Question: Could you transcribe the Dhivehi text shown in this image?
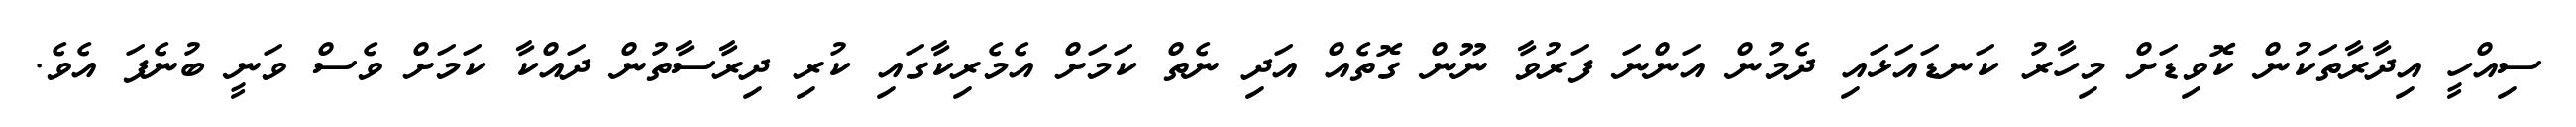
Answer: ސިއްހީ އިދާރާތަކުން ކޮވިޑަށް މިހާރު ކަނޑައަޅައި ދެމުން އަންނަ ފަރުވާ ނޫން ގޮތެއް އަދި ނެތް ކަމަށް އެމެރިކާގައި ކުރި ދިރާސާތުން ދައްކާ ކަމަށް ވެސް ވަނީ ބުނެފަ އެވެ.